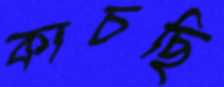
কাচছি